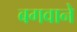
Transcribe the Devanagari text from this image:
बगवाने